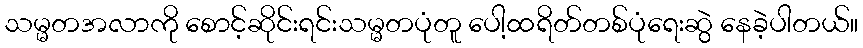
သမ္မတအလာကို စောင့်ဆိုင်းရင်းသမ္မတပုံတူ ပေါ့ထရိတ်တစ်ပုံရေးဆွဲ နေခဲ့ပါတယ်။